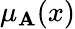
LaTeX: \mu_{\mathbf{A}}(x)